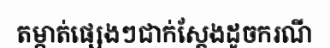
តម្កាត់ផ្សេងៗជាក់ស្តែងដូចករណី